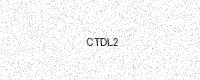
Text: CTDL2